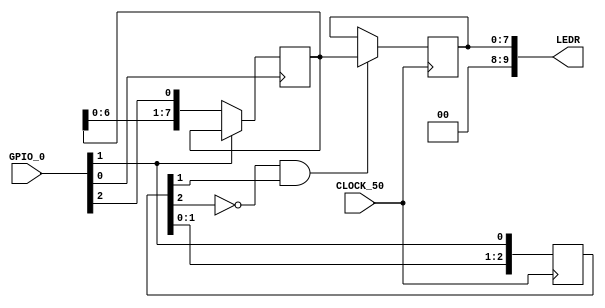
module spi_receiver(CLOCK_50, GPIO_0, LEDR);

input           CLOCK_50;
input   [35:0]  GPIO_0;
output  [9:0]   LEDR;

reg     [7:0]   spi_reg;
reg     [7:0]   data_reg = 8'd0;
reg     [2:0]   cs_reg = 3'b000;

wire    sys_clk     = CLOCK_50;
wire    spi_sck     = GPIO_0[0];
wire    spi_cs_n    = GPIO_0[1];
wire    spi_mosi    = GPIO_0[2];   

wire    cs_posedge  = ~cs_reg[2] & cs_reg[1];

assign  LEDR        = {2'b00, data_reg};

always @(posedge spi_sck)
    if(~spi_cs_n)
        spi_reg <= {spi_reg[6:0], spi_mosi};

always @(posedge sys_clk)
    cs_reg <= {cs_reg[1:0], spi_cs_n};

always @(posedge sys_clk)
    if(cs_posedge)
        data_reg <= spi_reg;

endmodule